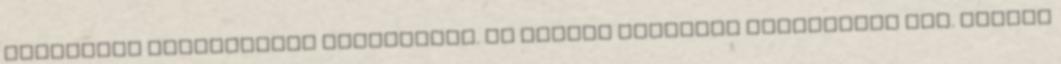
eljárások jogszabályi hátterében. Az eddigi egyetlen jogszabály Art. helyét